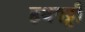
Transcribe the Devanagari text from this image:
हथपट्टी